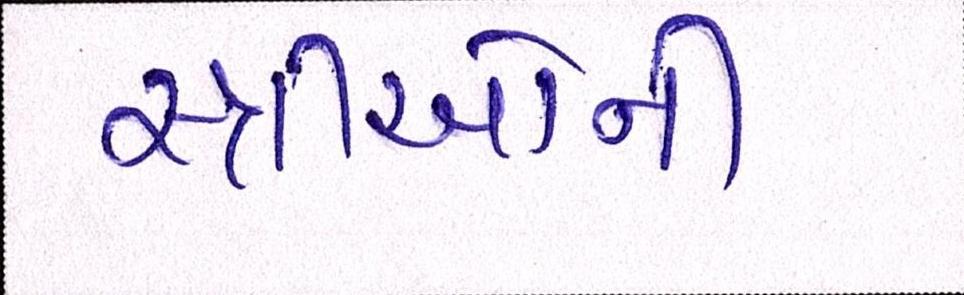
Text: સ્ત્રીઓની